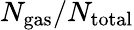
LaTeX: N_{\mathrm{gas}}/N_{\mathrm{total}}